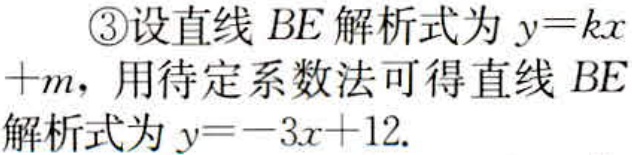
\textcircled{3}设直线 \(BE\) 解析式为 \(y = kx+m\)，用待定系数法可得直线 \(BE\) 解析式为 \(y=-3x + 12\).